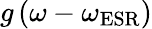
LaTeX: g\left(\omega-\omega_{\mathrm{ESR}}\right)